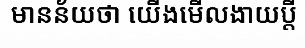
មានន័យថា យើងមើលងាយប្តី